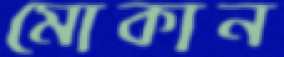
মোকান